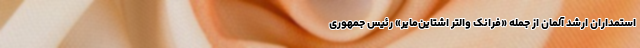
استمداران ارشد آلمان از جمله «فرانک والتر اشتاین‌مایر» رئیس جمهوری